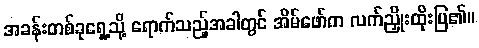
အခန်းတစ်ခုရှေ့သို့ ရောက်သည့်အခါတွင် အိမ်ဖော်က လက်ညှိုးထိုးပြ၏။